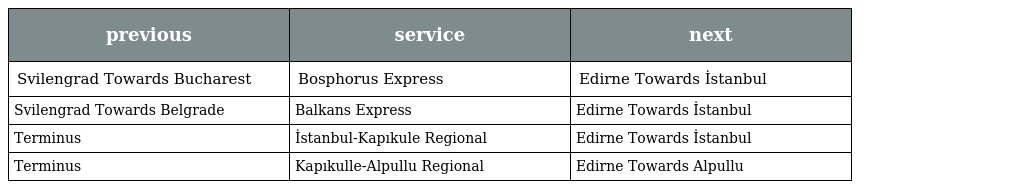
| previous | service | next |
 | --- | --- | --- |
 | Svilengrad Towards Bucharest | Bosphorus Express | Edirne Towards İstanbul |
 | Svilengrad Towards Belgrade | Balkans Express | Edirne Towards İstanbul |
 | Terminus | İstanbul-Kapıkule Regional | Edirne Towards İstanbul |
 | Terminus | Kapıkulle-Alpullu Regional | Edirne Towards Alpullu |